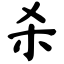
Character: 杀